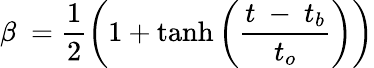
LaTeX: \beta\ =\frac{1}{2}\left(1+\operatorname{tanh}\left(\frac{t\ -\ t_{b}}{t_{o}}\right)\right)